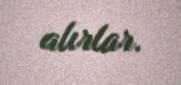
alırlar.